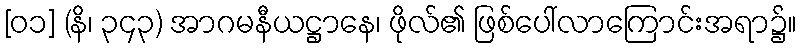
[၀၁] (နိ၊ ၃၄၃) အာဂမနီယဋ္ဌာနေ၊ ဖိုလ်၏ ဖြစ်ပေါ်လာကြောင်းအရာ၌။